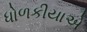
ધોળકીયાએ